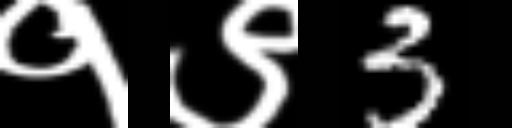
Text: १९3